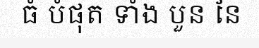
ធំ បំផុត ទាំង បួន នៃ